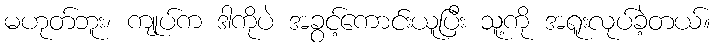
မဟုတ်ဘူး၊ ကျုပ်က ဒါကိုပဲ အခွင့်ကောင်းယူပြီး သူ့ကို အရူးလုပ်ခဲ့တယ်။